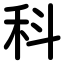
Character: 科